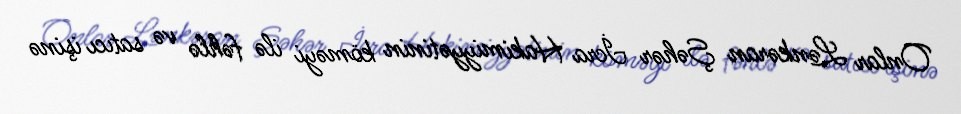
Onlar Lənkəran Şəhər İcra Hakimiyyətinin köməyi ilə fəhlə və satıcı işinə